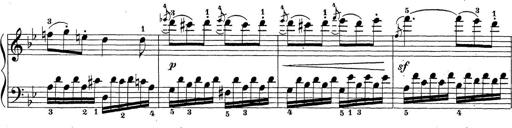
Title: Sonatina Album
Composer: Louis KÃ¶hler